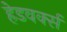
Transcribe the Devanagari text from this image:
हेडवर्क्स